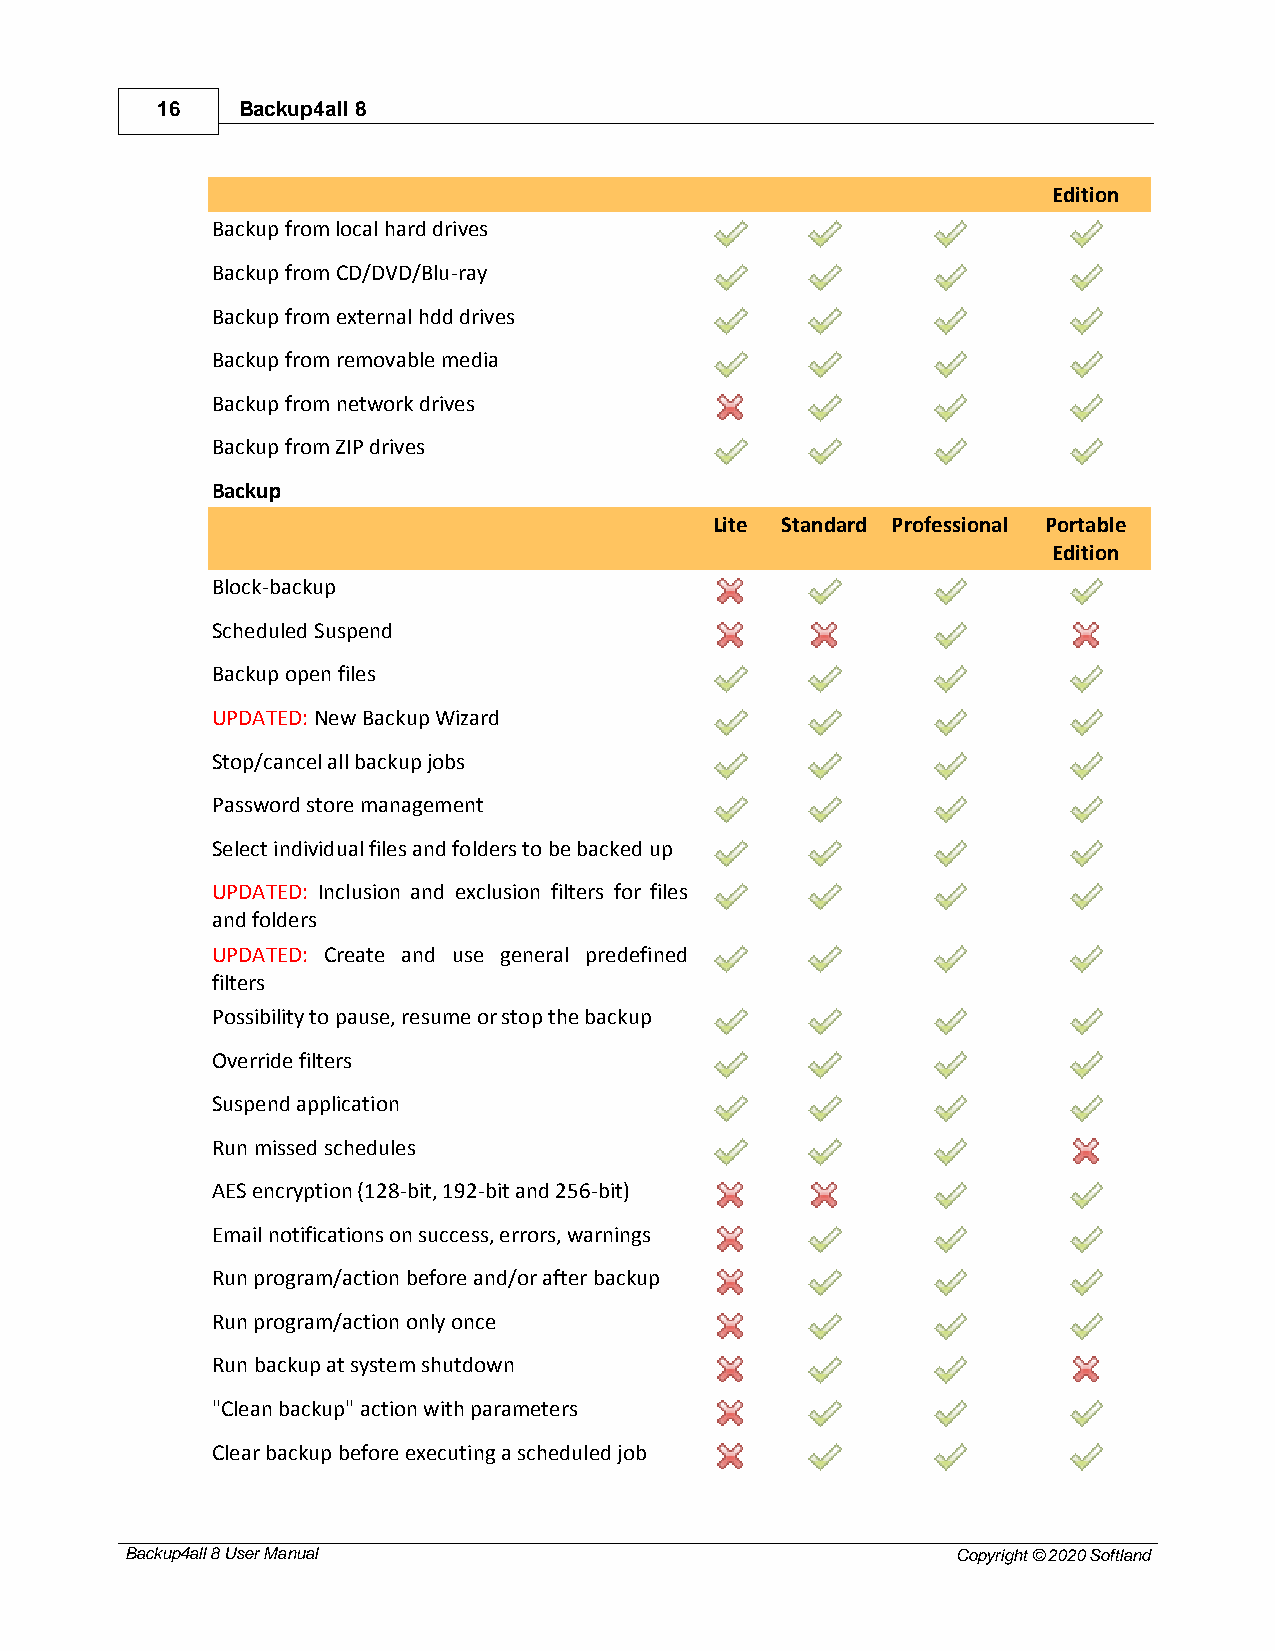
16    Backup4all 8
 Edition
 Backup from local hard drives
 Backup from CD/DVD/Blu-ray
 Backup from external hdd drives
 Backup from removable media
 Backup from network drives
 Backup from ZIP drives
 Backup
 Lite Standard Professional Portable
 Edition
 Block-backup
 Scheduled Suspend
 Backup open files
 UPDATED: New Backup Wizard
 Stop/cancel all backup jobs
 Password store management
 Select individual files and folders to be backed up
 UPDATED: Inclusion and exclusion filters for files
 and folders
 UPDATED: Create and use general predefined
 filters
 Possibility to pause, resume or stop the backup
 Override filters
 Suspend application
 Run missed schedules
 AES encryption (128-bit, 192-bit and 256-bit)
 Email notifications on success, errors, warnings
 Run program/action before and/or after backup
 Run program/action only once
 Run backup at system shutdown
 "Clean backup" action with parameters
 Clear backup before executing a scheduled job
 Backup4all 8 User Manual                               Copyright © 2020 Softland